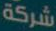
شركة